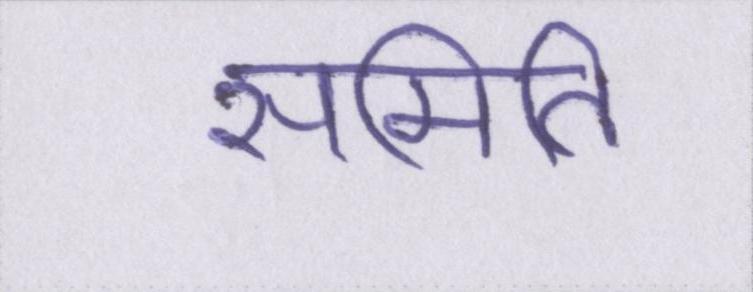
समिति